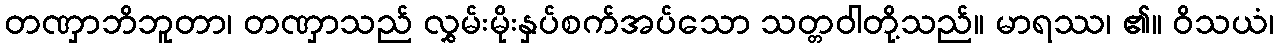
တဏှာဘိဘူတာ၊ တဏှာသည် လွှမ်းမိုးနှပ်စက်အပ်သော သတ္တဝါတို့သည်။ မာရဿ၊ ၏။ ဝိသယံ၊